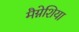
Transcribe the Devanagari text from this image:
मैग्नेशिया